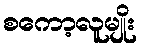
စကော့လူမျိုး